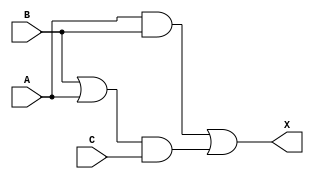
module sky130_fd_sc_lp__maj3 (
    X,
    A,
    B,
    C
);

    // Module ports
    output X;
    input  A;
    input  B;
    input  C;

    // Module supplies
    supply1 VPWR;
    supply0 VGND;
    supply1 VPB ;
    supply0 VNB ;

    // Local signals
    wire or0_out  ;
    wire and0_out ;
    wire and1_out ;
    wire or1_out_X;

    //  Name  Output     Other arguments
    or  or0  (or0_out  , B, A              );
    and and0 (and0_out , or0_out, C        );
    and and1 (and1_out , A, B              );
    or  or1  (or1_out_X, and1_out, and0_out);
    buf buf0 (X        , or1_out_X         );

endmodule